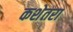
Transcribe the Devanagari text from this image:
कशेतरा